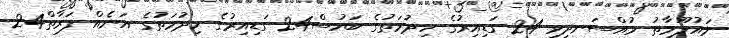
މައުލޫމާތު މުއްސަނދިވި 24 ގަޑިއިރުގެ ހިދުމަތުގެ ބަހުސް24 ގަޑިއިރުގެ ހިދުމަތުގެ އަނެއް ފަރާތް24